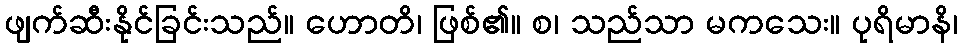
ဖျက်ဆီးနိုင်ခြင်းသည်။ ဟောတိ၊ ဖြစ်၏။ စ၊ သည်သာ မကသေး။ ပုရိမာနိ၊